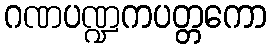
ဂဏပဏ္ဍကပတ္တကော